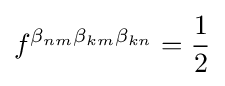
f^{\beta _{nm}\beta _{km}\beta _{kn}}={\frac {1}{2}}